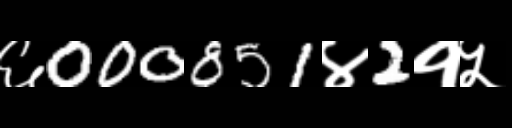
Text: ६000851४2१५